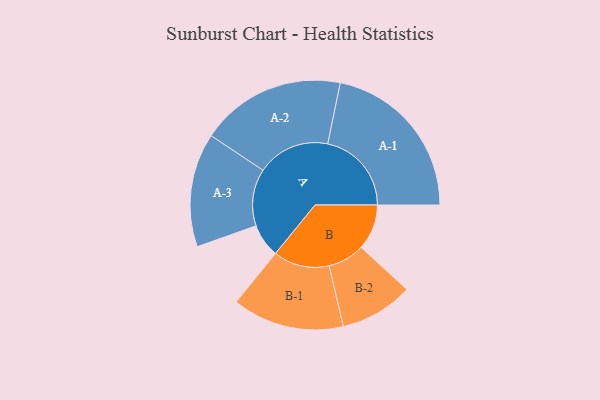
{"axis": {"x": "Segment", "y": "Value"}, "legend": ["", "A", "B"], "data": [{"x": "A", "y": 106, "type": ""}, {"x": "B", "y": 144, "type": ""}, {"x": "A-1", "y": 265, "type": "A"}, {"x": "A-2", "y": 230, "type": "A"}, {"x": "A-3", "y": 180, "type": "A"}, {"x": "B-1", "y": 177, "type": "B"}, {"x": "B-2", "y": 116, "type": "B"}]}